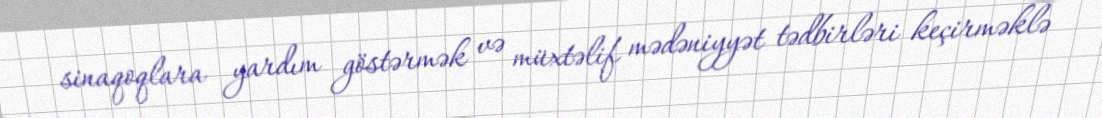
sinaqoqlara yardım göstərmək və müxtəlif mədəniyyət tədbirləri keçirməklə